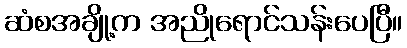
ဆံစအချို့က အညိုရောင်သန်းပေပြီ။